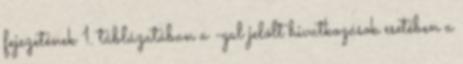
fejezetének 1. táblázatában a -gal jelölt hivatkozások esetében a